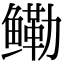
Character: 鳓